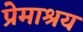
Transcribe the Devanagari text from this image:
प्रेमाश्रय